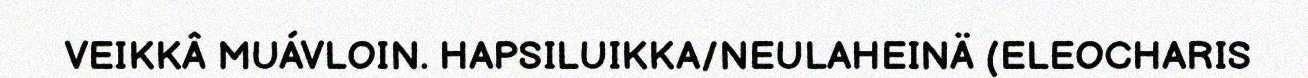
VEIKKÂ MUÁVLOIN. HAPSILUIKKA/NEULAHEINÄ (ELEOCHARIS